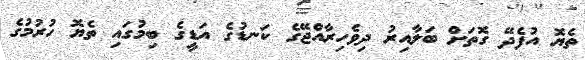
ތެޔޮ އުފެދޭ ގޮތަށް ބަލާއިރު ދިވެހިރާއްޖޭގެ ކަނޑުގެ އަޑީގެ ބިމުގައި ތެޔޮ ހުރުމުގެ